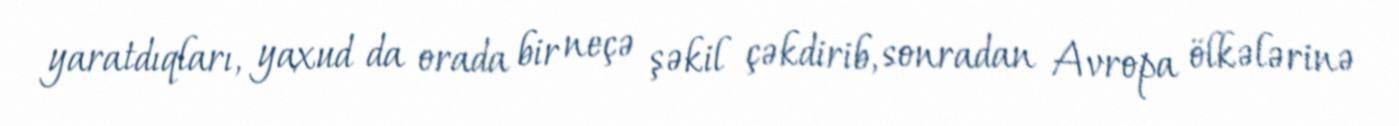
yaratdıqları, yaxud da orada bir neçə şəkil çəkdirib, sonradan Avropa ölkələrinə